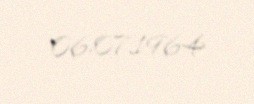
06.07.1964